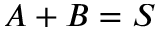
A + B = S